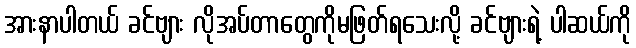
အားနာပါတယ် ခင်ဗျား လိုအပ်တာတွေကိုမဖြတ်ရသေးလို့ ခင်ဗျားရဲ့ ပါဆယ်ကို